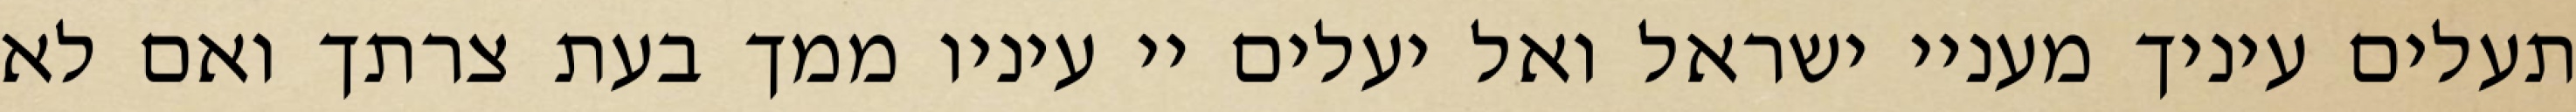
תעלים עיניך מעניי ישראל ואל יעלים יי עיניו ממך בעת צרתך ואם לא